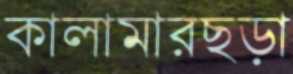
কালামারছড়া